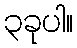
၃ခုပါ။